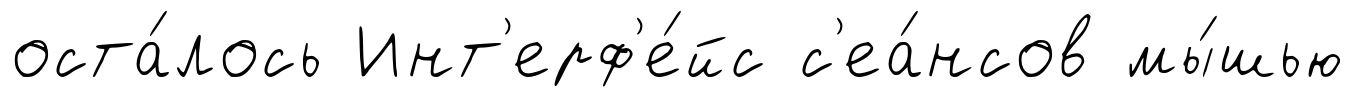
оста́лось Инт'ерф'е́йс с'еа́нсов мы́шью